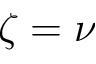
\zeta = \nu